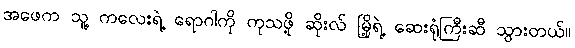
အဖေက သူ့ ကလေးရဲ့ ရောဂါကို ကုသဖို့ ဆိုးလ် မြို့ရဲ့ ဆေးရုံကြီးဆီ သွားတယ်။